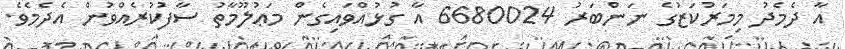
އާ ދެމެދު މިމަރުކަޒުގެ ނަންބަރު 6680024 އާ ގުޅުއްވައިގެން މަޢުލޫމާތު ސާފުކުރެއްވުން އެދެމެވެ.